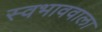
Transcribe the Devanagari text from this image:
स्वभाववाला